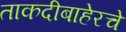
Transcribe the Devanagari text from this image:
ताकदीबाहेरचे